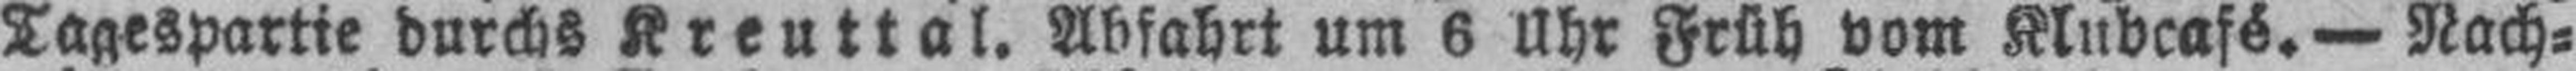
Tagespartie durchs Kreuttal. Abfahrt um 6 Uhr Früh vom Klubcafé. — Nach¬